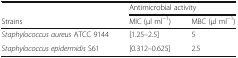
<table><thead><tr><td></td><td colspan="2"><b>Antimicrobial activity</b></td></tr><tr><td><b>Strains</b></td><td><b>MIC (μl ml<sup>−1</sup>)</b></td><td><b>MBC (μl ml<sup>−1</sup>)</b></td></tr></thead><tbody><tr><td><i>Staphylococcus aureus</i> ATCC 9144</td><td>[1.25–2.5]</td><td>5</td></tr><tr><td><i>Staphylococcus epidermidis</i> S61</td><td>[0.312–0.625]</td><td>2.5</td></tr></tbody></table>